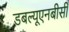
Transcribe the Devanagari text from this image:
डबल्यूएनबीसी